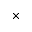
\times